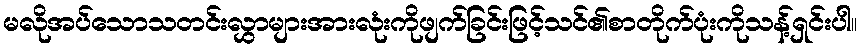
မလိုအပ်သောသတင်းလွှာများအားလုံးကိုဖျက်ခြင်းဖြင့်သင်၏စာတိုက်ပုံးကိုသန့်ရှင်းပါ။